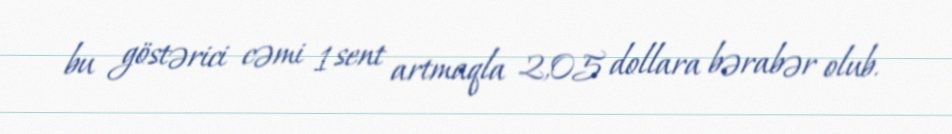
bu göstərici cəmi 1 sent artmaqla 2,05 dollara bərabər olub.